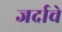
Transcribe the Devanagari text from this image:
जर्दाचे